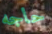
حاجه